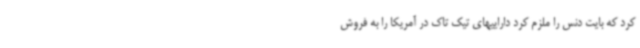
کرد که بایت دنس را ملزم کرد داراییهای تیک تاک در آمریکا را به فروش